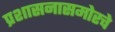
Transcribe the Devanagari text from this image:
प्रशासनासमोरचे